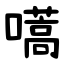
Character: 嚆